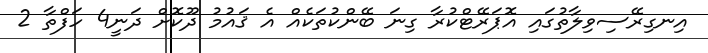
އިނގިރޭސިވިލާތުގައި އޮޕަރޭޓްކުރާ ގިނަ ބޭންކުތަކެއް އެ ޤައުމު ދޫކޮށް ދަނީ4 ހަފްތާ 2